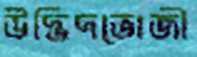
উদ্ভিদভোজী